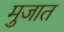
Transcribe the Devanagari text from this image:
मुजात